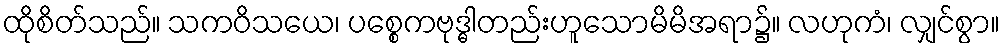
ထိုစိတ်သည်။ သကဝိသယေ၊ ပစ္စေကဗုဒ္ဓါတည်းဟူသောမိမိအရာ၌။ လဟုကံ၊ လျှင်စွာ။